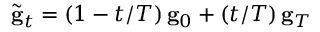
\tilde { \bf g } _ { t } = ( 1 - t / T ) \, { \bf g } _ { 0 } + ( t / T ) \, { \bf g } _ { T }